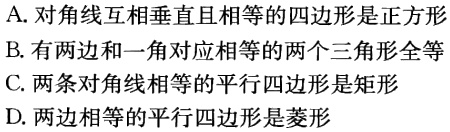
A. 对角线互相垂直且相等的四边形是正方形
B. 有两边和一角对应相等的两个三角形全等
C. 两条对角线相等的平行四边形是矩形
D. 两边相等的平行四边形是菱形